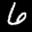
Label: 6